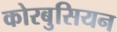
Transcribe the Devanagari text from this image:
कोरबुसियन